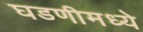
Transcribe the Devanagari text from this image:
घडणीमध्ये